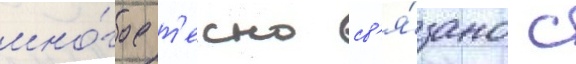
мно́гое т'есно св'я́зано с